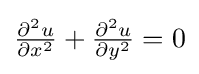
\textstyle {\frac {\partial ^{2}u}{\partial x^{2}}}+{\frac {\partial ^{2}u}{\partial y^{2}}}=0